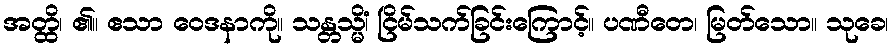
အတ္ထိ၊ ၏။ ဧသာ ဝေဒနာကို။ သန္တသ္မိံ၊ ငြိမ်သက်ခြင်းကြောင့်။ ပဏီတေ၊ မြတ်သော။ သုခေ၊